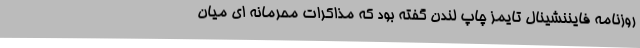
روزنامه فایننشینال تایمز چاپ لندن گفته بود که مذاکرات محرمانه ای میان